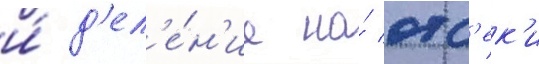
и́ д'ел'е́н'ие на́ отс'ек'и